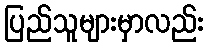
ပြည်သူများမှာလည်း